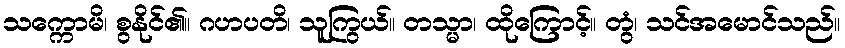
သက္ကောမိ၊ စွနိုင်၏။ ဂဟပတိ၊ သူကြွယ်။ တသ္မာ၊ ထိုကြောင့်။ တွံ၊ သင်အမောင်သည်။